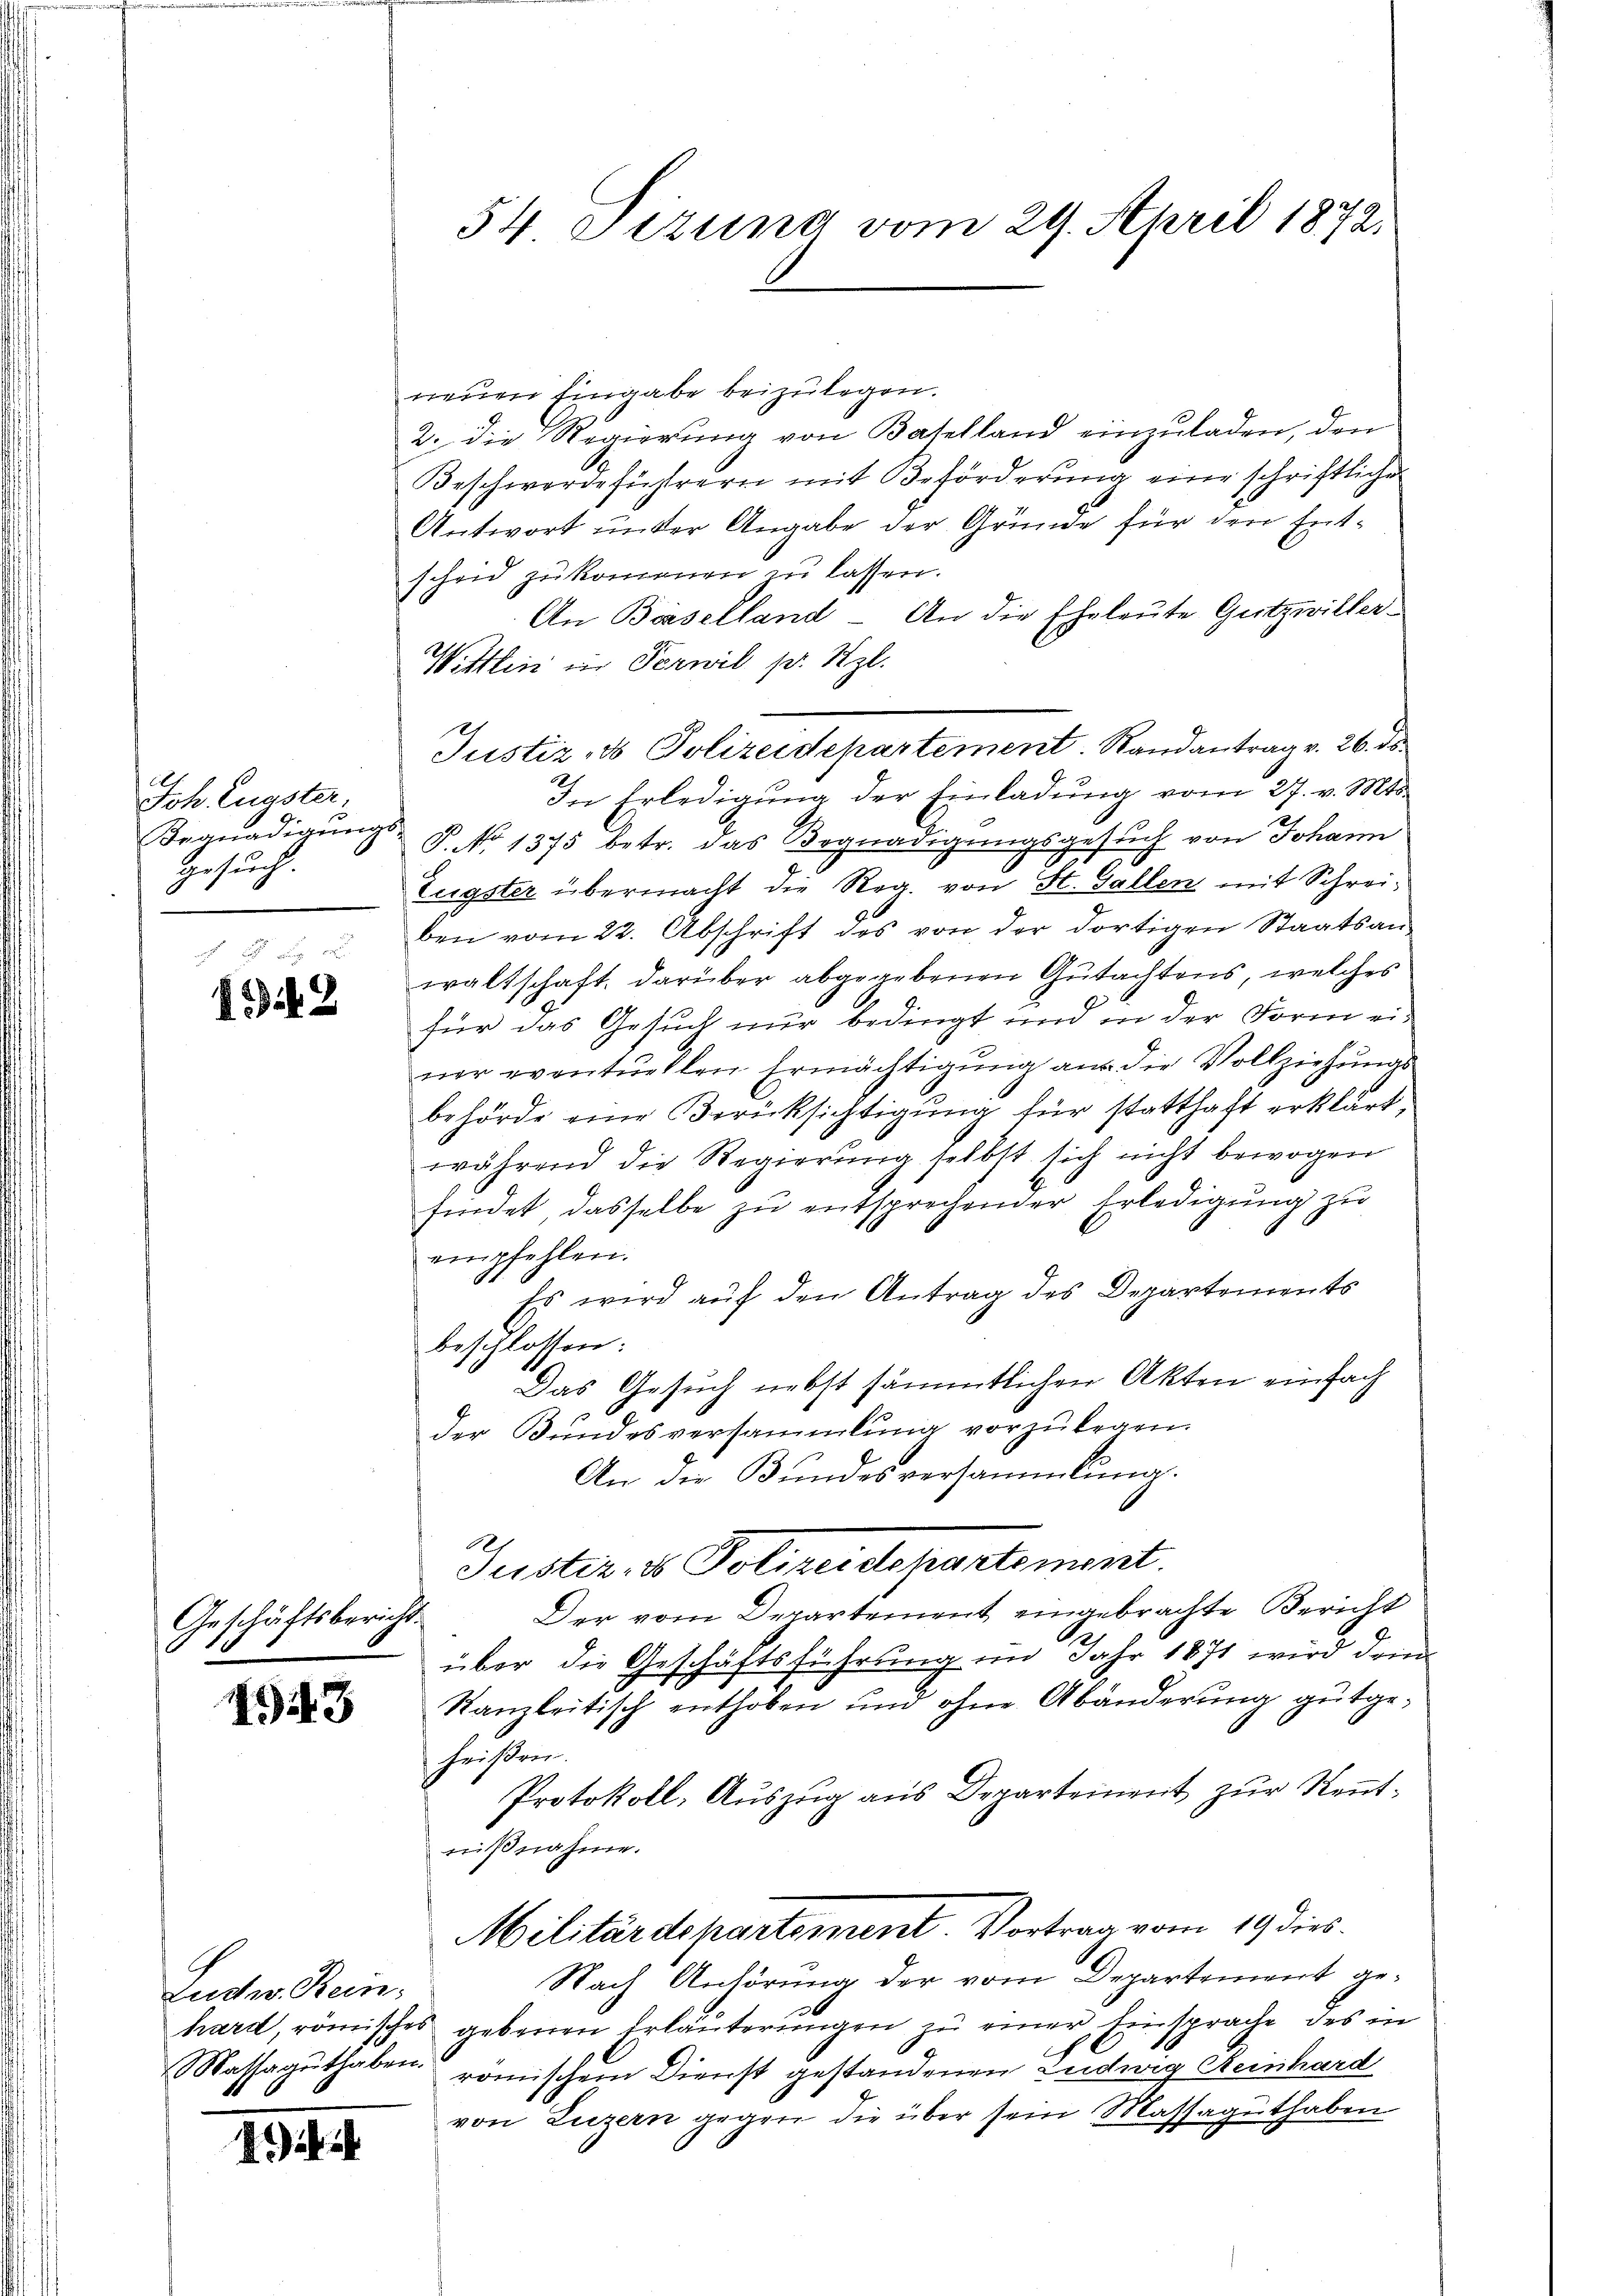
Joh Eugster,
Begnadigungs-
Gesuch.

2

Geschäftsbericht.

3

Ludw. Kein

i

54 Titung vom 29. April 1872.

neuen Eingabe beizulegen.
2. die Regierung von Baselland einzuladen, den
Beschwerdeführern mit Beförderung eine schriftliche
Antwort unter Angabe der Gründe für den Ent-
scheid zukommen zu lassen.
An Baselland - An die Eheleute Guetzwiller¬
Witten in Terwil pr. Szl.
In Erledigung der Einladung vom 27. v. Mts.
P. No 1375 betr. das Begnadigungsgesuch von Johann
Eugster übermacht die Reg. von St. Gallen mit Schrei-
ben vom 22. Abschrift des von der dortigen Staatsan-
waltschaft, darüber abgegebenen Gutachtens, welches
für das Gesuch nur bedingt und in der Form ei-
ner eventuellen Ermächtigung aus die Vollziehungs-
behörde eine Berücksichtigung für statthaft erklärt,
während die Regierung selbst sich nicht bewogen
findet, dasselbe zŭ entsprechender Erledigung zu
empfehlen.
Es wird auf den Antrag des Departements
beschlossen:
Das Gesuch nebst sämmtlichen Akten einfach
der Bundesversammlung vorzŭlegen.
An die Bundesversammlung.
Guster. v. Polizeidepartement.
Der vom Departement eingebrachte Bericht
über die Geschäftsführung im Jahr 1871 wird dann
Kanzleitisch enthoben und ohne Abänderung gutgeheißen.
Protokoll, Auszug aus Departement zur Kenntnißnahme.
Militärdepartement. Vortrag vom 19 dies
Nach Anhörung der vom Departement gehard, römisches gebenen Erläuterungen zu einer Einsprache des in
Massaguthaben römischem Dienst gestandenen Ludwig Reinhard
von Luzern gegen die über sein Massaguthaben

Justiz- & Polizeidepartement. Randantrag v. 26. ds.